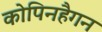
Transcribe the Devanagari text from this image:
कोपिनहैगन